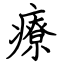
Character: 療